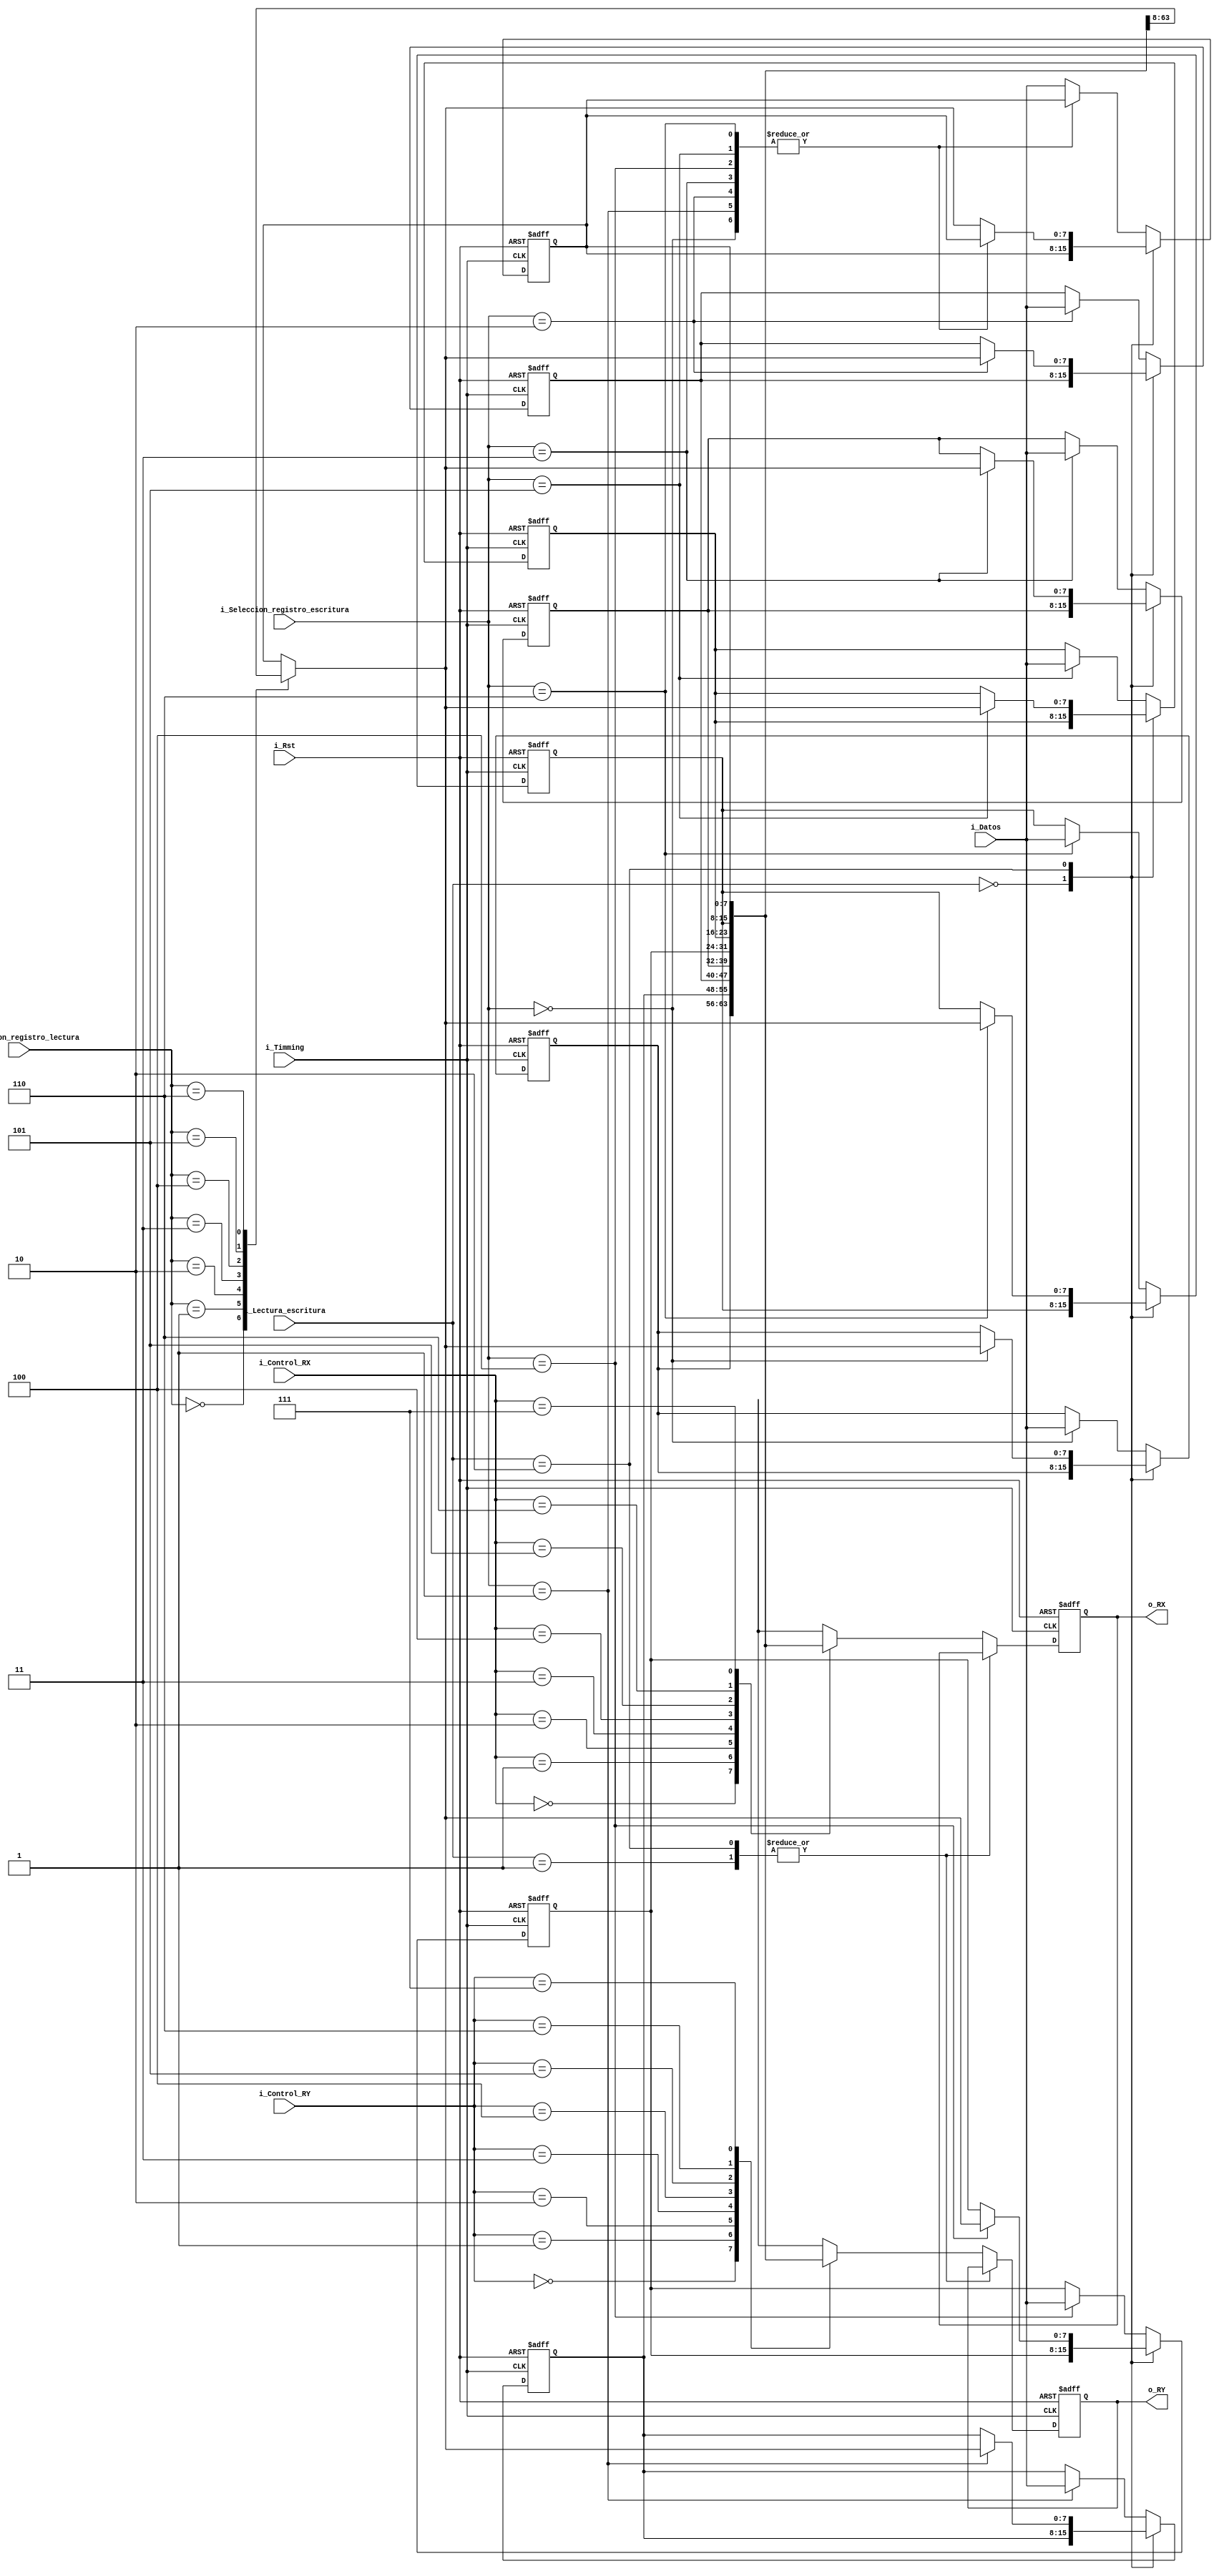
//Este componente permite el almacenamiento de los datos provenientes de la 
//memoria de datos, guarda los resultados de las operaciones realizadas por
//la ALU y guarda la direccion previa al salto del PC. Es un registro.
module Registro_de_datos(
    input i_Timming,
    input i_Rst,
    input [7:0] i_Datos,
    input [1:0] i_Lectura_escritura,
    input [2:0] i_Control_RX,
    input [2:0] i_Control_RY,
    input [2:0] i_Seleccion_registro_escritura,
    input [2:0] i_Seleccion_registro_lectura,
    output [7:0] o_RX,
    output [7:0] o_RY);
    
    // Se declaran los registros y las senales internas
    reg [7:0] R0;
    reg [7:0] R1;
    reg [7:0] R2;
    reg [7:0] R3;
    reg [7:0] R4;
    reg [7:0] R5;
    reg [7:0] R6;
    reg [7:0] R7;
    reg [7:0] RX;
    reg [7:0] RY;

    

    //Etapa de implemetacion
    always@(posedge i_Rst, posedge i_Timming)
    begin
        if (i_Rst) begin//El reset es sincrono
            R0 <= 8'b00000000;
            R1 <= 8'b00000000;
            R2 <= 8'b00000000;
            R3 <= 8'b00000000;
            R4 <= 8'b00000000;
            R5 <= 8'b00000000;
            R6 <= 8'b00000000;
            R7 <= 8'b00000000;
            RX <= 8'b00000000;
            RY <= 8'b00000000;
        end
        else begin
            case (i_Lectura_escritura)
                //Lectura de registros
                2'b00: begin
                    case (i_Control_RX)
                        3'b000: RX<=R0;
                        3'b001: RX<=R1;
                        3'b010: RX<=R2;
                        3'b011: RX<=R3;
                        3'b100: RX<=R4;
                        3'b101: RX<=R5;
                        3'b110: RX<=R6;
                        3'b111: RX<=R7;
                        default: RX<=8'b00000000;
                    endcase
                    
                    case (i_Control_RY)
                        3'b000: RY<=R0;
                        3'b001: RY<=R1;
                        3'b010: RY<=R2;
                        3'b011: RY<=R3;
                        3'b100: RY<=R4;
                        3'b101: RY<=R5;
                        3'b110: RY<=R6;
                        3'b111: RY<=R7;
                        default: RY<=8'b00000000;
                    endcase
                end
                
                //Escritura de registros
                2'b01: begin
                    case (i_Seleccion_registro_escritura)
                        3'b000: R0<=i_Datos;
                        3'b001: R1<=i_Datos;
                        3'b010: R2<=i_Datos;
                        3'b011: R3<=i_Datos;
                        3'b100: R4<=i_Datos;
                        3'b101: R5<=i_Datos;
                        3'b110: R6<=i_Datos;
                        default: R7<=i_Datos;
                    endcase
                end
                
                //Movimiento de registros
                2'b10: begin
                    case (i_Seleccion_registro_escritura)
                        3'b000: begin
                            case (i_Seleccion_registro_lectura)
                                3'b000: R0<=R0;
                                3'b001: R0<=R1;
                                3'b010: R0<=R2;
                                3'b011: R0<=R3;
                                3'b100: R0<=R4;
                                3'b101: R0<=R5;
                                3'b110: R0<=R6;
                                default: R0<=R7;
                            endcase
                        end
                        3'b001: begin
                            case (i_Seleccion_registro_lectura)
                                3'b000: R1<=R0;
                                3'b001: R1<=R1;
                                3'b010: R1<=R2;
                                3'b011: R1<=R3;
                                3'b100: R1<=R4;
                                3'b101: R1<=R5;
                                3'b110: R1<=R6;
                                default: R1<=R7;
                            endcase
                        end
                        3'b010: begin
                            case (i_Seleccion_registro_lectura)
                                3'b000: R2<=R0;
                                3'b001: R2<=R1;
                                3'b010: R2<=R2;
                                3'b011: R2<=R3;
                                3'b100: R2<=R4;
                                3'b101: R2<=R5;
                                3'b110: R2<=R6;
                                default: R2<=R7;
                            endcase
                        end
                        3'b011: begin
                            case (i_Seleccion_registro_lectura)
                                3'b000: R3<=R0;
                                3'b001: R3<=R1;
                                3'b010: R3<=R2;
                                3'b011: R3<=R3;
                                3'b100: R3<=R4;
                                3'b101: R3<=R5;
                                3'b110: R3<=R6;
                                default: R3<=R7;
                            endcase
                        end
                        3'b100: begin
                            case (i_Seleccion_registro_lectura)
                                3'b000: R4<=R0;
                                3'b001: R4<=R1;
                                3'b010: R4<=R2;
                                3'b011: R4<=R3;
                                3'b100: R4<=R4;
                                3'b101: R4<=R5;
                                3'b110: R4<=R6;
                                default: R4<=R7;
                            endcase
                        end
                        3'b101: begin
                            case (i_Seleccion_registro_lectura)
                                3'b000: R5<=R0;
                                3'b001: R5<=R1;
                                3'b010: R5<=R2;
                                3'b011: R5<=R3;
                                3'b100: R5<=R4;
                                3'b101: R5<=R5;
                                3'b110: R5<=R6;
                                default: R5<=R7;
                            endcase
                        end
                        3'b110: begin
                            case (i_Seleccion_registro_lectura)
                                3'b000: R6<=R0;
                                3'b001: R6<=R1;
                                3'b010: R6<=R2;
                                3'b011: R6<=R3;
                                3'b100: R6<=R4;
                                3'b101: R6<=R5;
                                3'b110: R6<=R6;
                                default: R6<=R7;
                            endcase
                        end
                        default: begin
                            case (i_Seleccion_registro_lectura)
                                3'b000: R7<=R0;
                                3'b001: R7<=R1;
                                3'b010: R7<=R2;
                                3'b011: R7<=R3;
                                3'b100: R7<=R4;
                                3'b101: R7<=R5;
                                3'b110: R7<=R6;
                                default: R7<=R7;
                            endcase
                        end
                    endcase
                end
                
                //Lectura y escritura simultnea
                default: begin
                    case (i_Control_RX)
                        3'b000: RX<=R0;
                        3'b001: RX<=R1;
                        3'b010: RX<=R2;
                        3'b011: RX<=R3;
                        3'b100: RX<=R4;
                        3'b101: RX<=R5;
                        3'b110: RX<=R6;
                        3'b111: RX<=R7;
                        default: RX<=8'b00000000;
                    endcase

                    case (i_Control_RY)
                        3'b000: RY<=R0;
                        3'b001: RY<=R1;
                        3'b010: RY<=R2;
                        3'b011: RY<=R3;
                        3'b100: RY<=R4;
                        3'b101: RY<=R5;
                        3'b110: RY<=R6;
                        3'b111: RY<=R7;
                        default: RY<=8'b00000000;
                    endcase

                    case (i_Seleccion_registro_escritura)
                        3'b000: R0<=i_Datos;
                        3'b001: R1<=i_Datos;
                        3'b010: R2<=i_Datos;
                        3'b011: R3<=i_Datos;
                        3'b100: R4<=i_Datos;
                        3'b101: R5<=i_Datos;
                        3'b110: R6<=i_Datos;
                        default: R7<=i_Datos;
                    endcase
                end
            endcase
        end
    end

    assign o_RX = RX; //Se pasa el valor del registro RX a o_RX
    assign o_RY = RY; //Se pasa el valor del registro RY a o_RY
endmodule